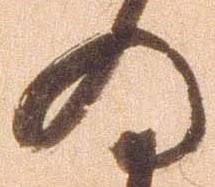
為